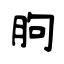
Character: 朐